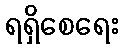
ရရှိစေရေး